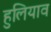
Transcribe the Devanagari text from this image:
हुलियाव